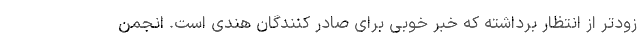
زودتر از انتظار برداشته که خبر خوبی برای صادر کنندگان هندی است. انجمن